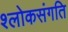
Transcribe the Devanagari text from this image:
श्लोकसंगति